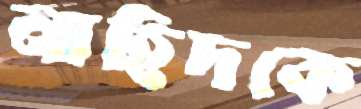
নাহিদকে